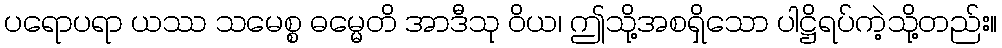
ပရောပရာ ယဿ သမေစ္စ ဓမ္မေတိ အာဒီသု ဝိယ၊ ဤသို့အစရှိသော ပါဋ္ဌိရပ်ကဲ့သို့တည်း။